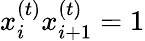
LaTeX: x_{i}^{(t)}x_{i+1}^{(t)}=1